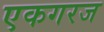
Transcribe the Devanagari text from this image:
एकगरज